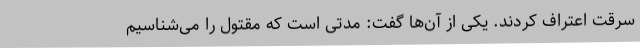
سرقت اعتراف کردند. یکی از آن‌ها گفت: مدتی است که مقتول را می‌شناسیم